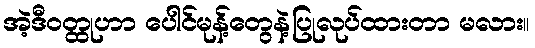
အဲ့ဒီဝတ္ထုဟာ ပေါင်မုန့်တွေနဲ့ပြုလုပ်ထားတာ မလား။